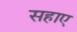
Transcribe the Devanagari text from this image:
सहाए